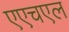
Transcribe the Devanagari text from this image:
एएचएल